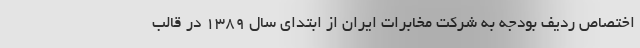
اختصاص ردیف بودجه به شرکت مخابرات ایران از ابتدای سال ۱۳۸۹ در قالب